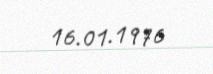
16.01.1976